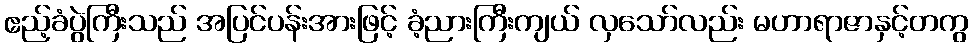
ဧည့်ခံပွဲကြီးသည် အပြင်ပန်းအားဖြင့် ခံ့ညားကြီးကျယ် လှသော်လည်း မဟာရာဇာနှင့်တကွ